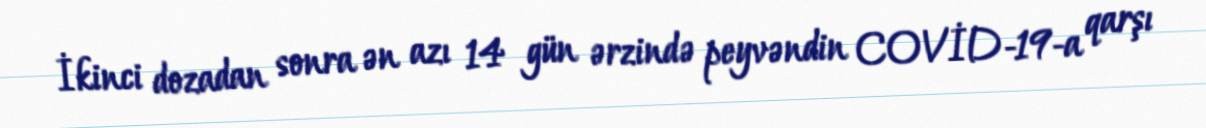
İkinci dozadan sonra ən azı 14 gün ərzində peyvəndin COVİD-19-a qarşı